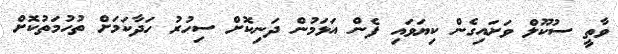
ވާތީ ސުކޫލް ވަށައިގެން ކިޔަވައި ފެން އަޅަމުން ދަނިކޮށް ސިހުރު ހަދާކަމަށް ތުހުމަތުކޮށް